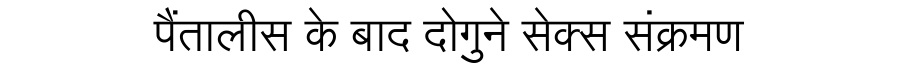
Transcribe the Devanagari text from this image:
पैंतालीस के बाद दोगुने सेक्स संक्रमण